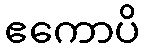
ဧကောပိ